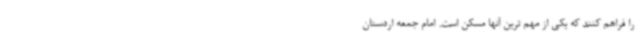
را فراهم کنند که یکی از مهم ترین آنها مسکن است. امام جمعه اردستان